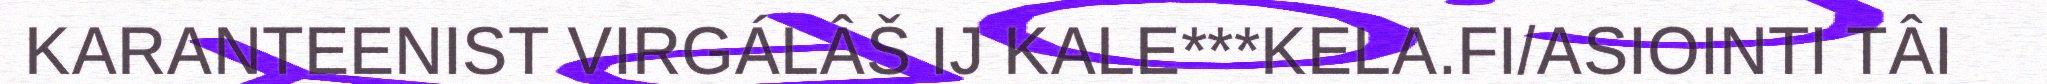
KARANTEENIST VIRGÁLÂŠ IJ KALE***KELA.FI/ASIOINTI TÂI